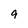
Character: 9